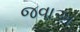
જવાઅ